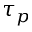
\tau _ { p }